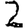
Digit: 2